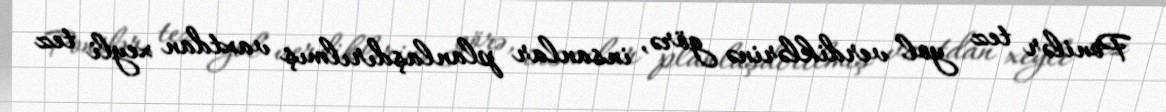
Ponilər tez yol verdiklərinə görə, insanlar planlaşdırılmış vaxtdan xeyli tez